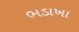
ભડાખા